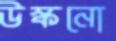
উস্‌কনো